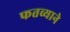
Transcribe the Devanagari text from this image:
फतव्याने